Indian journal of veterinary science and animal husbandry - Volumes 15-17, 1948-1951
Year: 1948
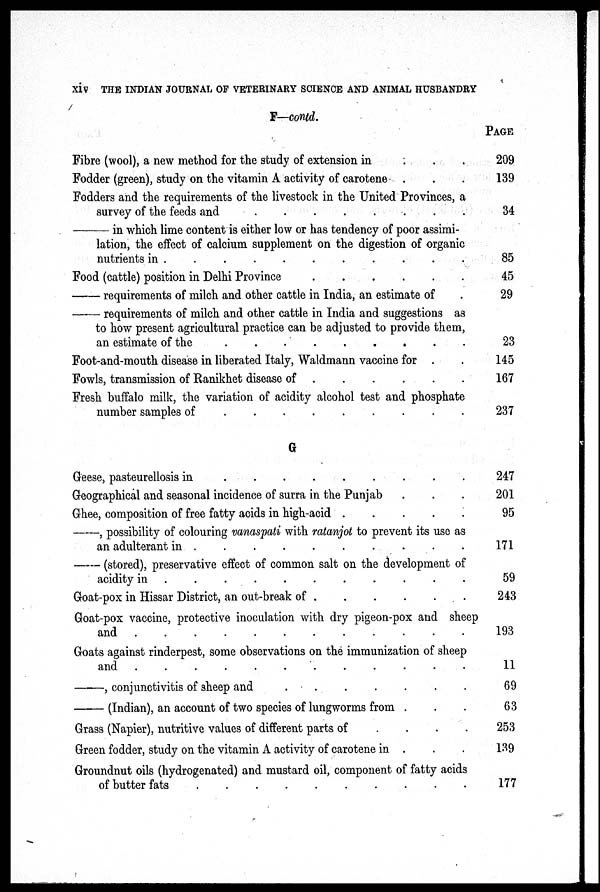
xiv THE INDIAN JOURNAL OF VETERINARY SCIENCE AND ANIMAL HUSBANDRY
F—contd.
Fibre (wool), a new method for the study of extension in . . .
Fodder (green), study on the vitamin A activity of carotene . . .
Fodders and the requirements of the livestock in the United Provinces, a
survey of the feeds and
.
.
.
.
.
.
.
.
—
in which lime content is either low or has tendency of poor assimi-
lation, the effect of calcium supplement on the digestion of organic
nutrients in . . . . . . . . . .
Food (cattle) position in Delhi Province . . . . . .
— requirements of milch and other cattle in India, an estimate of .
— requirements of milch and other cattle in India and suggestions as
to how present agricultural practice can be adjusted to provide them,
an estimate of the
.
.
.
.
.
.
.
.
.
Foot-and-mouth disease in liberated Italy, Waldmann vaccine for . .
Fowls, transmission of Ranikhet disease of . . . . . .
Fresh buffalo milk, the variation of acidity alcohol test and phosphate
number samples of
.
.
.
.
.
.
.
.
.
G
Geese, pasteurellosis in
.
.
.
.
.
.
.
.
.
Geographical and seasonal incidence of surra in the Punjab . . .
Ghee, composition of free fatty acids in high-acid . . . . .
—, possibility of colouring vanaspati with ratanjot to prevent its use as
an adulterant in
.
.
.
.
.
.
.
.
.
.
— (stored), preservative effect of common salt on the development of
acidity in . . . . . . . . . . .
Goat-pox in Hissar District, an out-break of . . . . . .
Goat-pox vaccine, protective inoculation with dry pigeon-pox and sheep
and
.
.
.
.
.
.
.
.
.
.
.
.
Goats against rinderpest, some observations on the immunization of sheep
and
.
.
.
.
.
.
.
.
.
.
.
—,
conjunctivitis of sheep and
.
.
.
.
.
.
.
.
—
(Indian), an account of two species of lungworms from . . .
Grass (Napier), nutritive values of different parts of . . . .
Green fodder, study on the vitamin A activity of carotene in . . .
Groundnut oils (hydrogenated) and mustard oil, component of fatty acids
of butter fats
.
.
.
.
.
.
.
.
.
.
PAGE
209
139
34
85
45
29
23
145
167
237
247
201
95
171
59
243
193
11
69
63
253
139
177